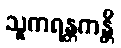
သူကရန္တကန္တိ